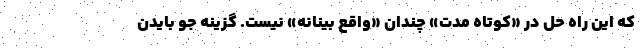
که این راه حل در «کوتاه مدت» چندان «واقع بینانه» نیست. گزینه جو بایدن